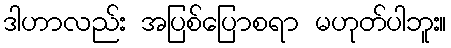
ဒါဟာလည်း အပြစ်ပြောစရာ မဟုတ်ပါဘူး။